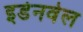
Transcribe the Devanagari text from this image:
इडेनवेल